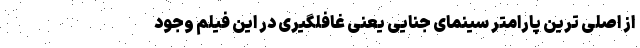
از اصلی ترین پارامتر سینمای جنایی یعنی غافلگیری در این فیلم وجود